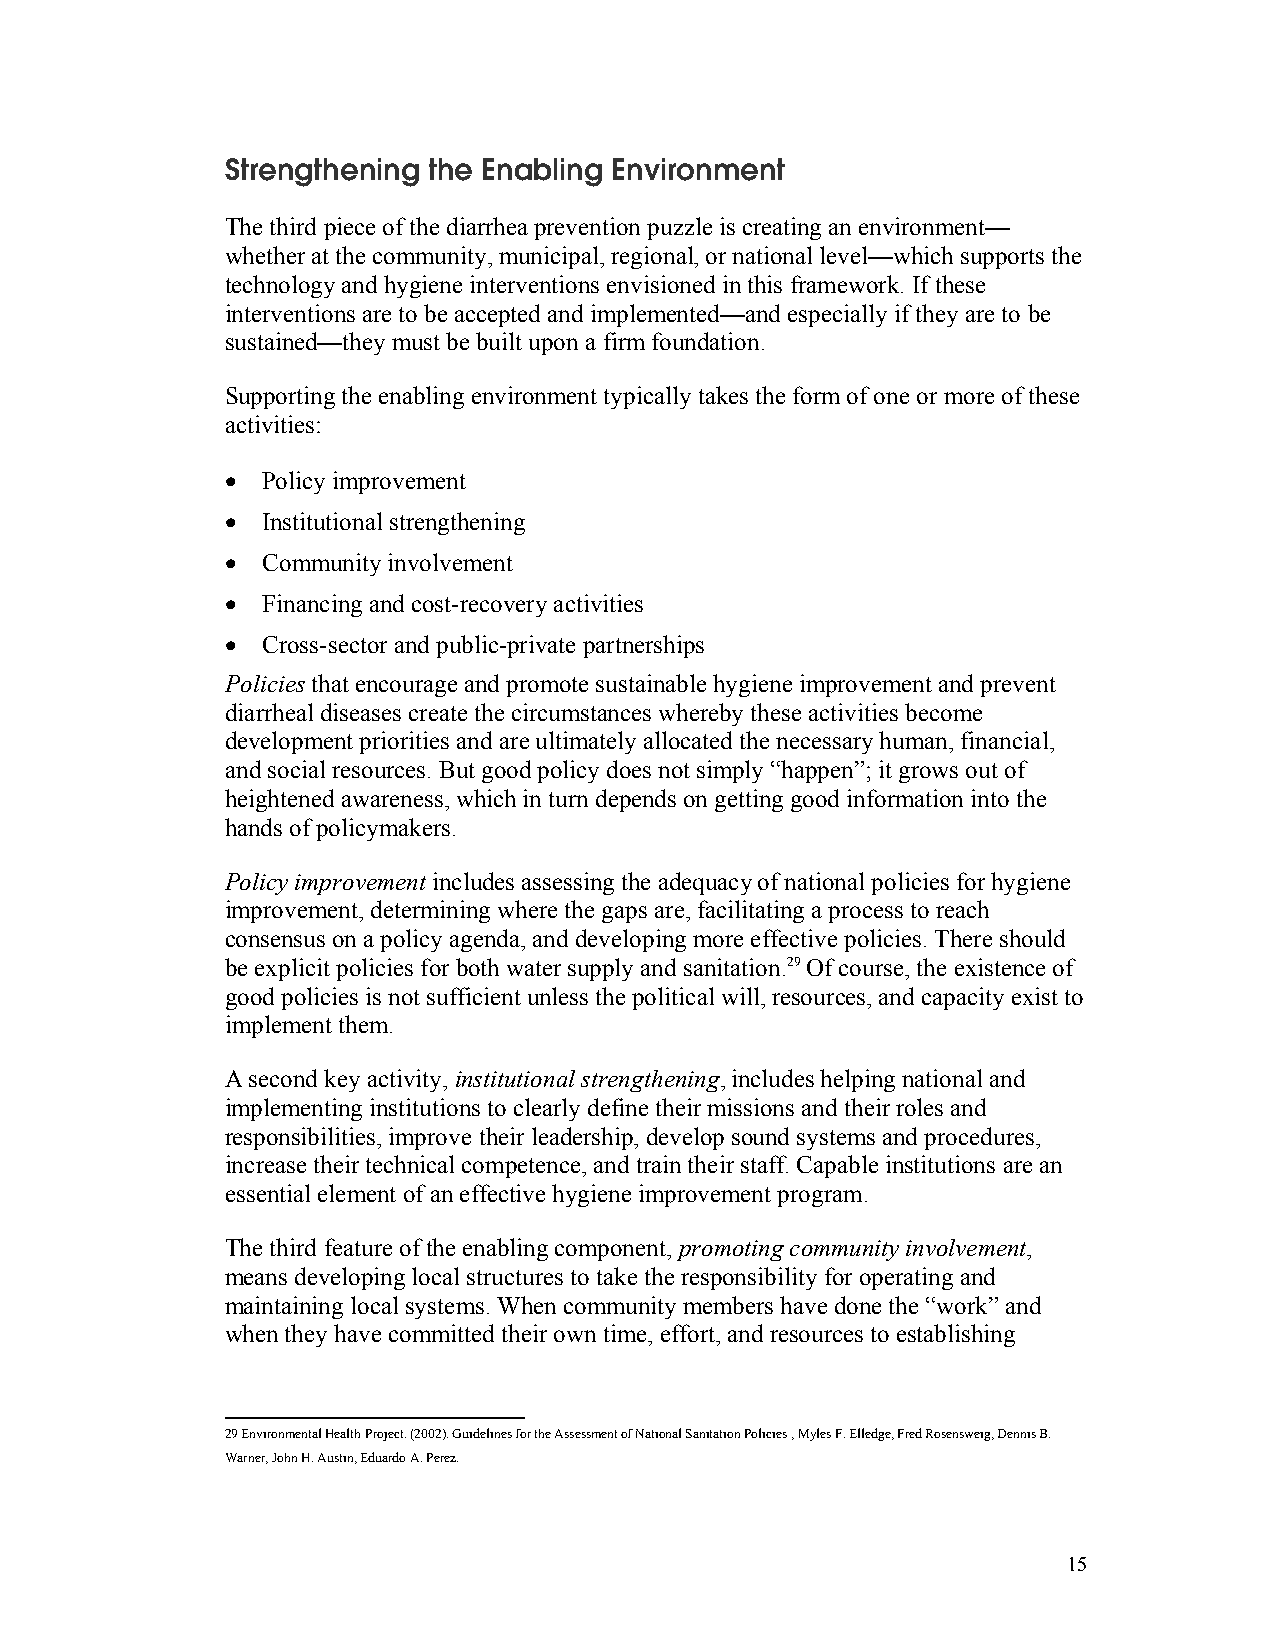
Strengthening the Enabling Environment
 The third piece of the diarrhea prevention puzzle is creating an environment—
 whether at the community, municipal, regional, or national level—which supports the
 technology and hygiene interventions envisioned in this framework. If these
 interventions are to be accepted and implemented—and especially if they are to be
 sustained—they must be built upon a firm foundation.
 Supporting the enabling environment typically takes the form of one or more of these
 activities:
 • Policy improvement
 • Institutional strengthening
 • Community involvement
 • Financing and cost-recovery activities
 • Cross-sector and public-private partnerships
 Policies that encourage and promote sustainable hygiene improvement and prevent
 diarrheal diseases create the circumstances whereby these activities become
 development priorities and are ultimately allocated the necessary human, financial,
 and social resources. But good policy does not simply “happen”; it grows out of
 heightened awareness, which in turn depends on getting good information into the
 hands of policymakers.
 Policy improvement includes assessing the adequacy of national policies for hygiene
 improvement, determining where the gaps are, facilitating a process to reach
 consensus on a policy agenda, and developing more effective policies. There should
 be explicit policies for both water supply and sanitation.29 Of course, the existence of
 good policies is not sufficient unless the political will, resources, and capacity exist to
 implement them.
 A second key activity, institutional strengthening, includes helping national and
 implementing institutions to clearly define their missions and their roles and
 responsibilities, improve their leadership, develop sound systems and procedures,
 increase their technical competence, and train their staff. Capable institutions are an
 essential element of an effective hygiene improvement program.
 The third feature of the enabling component, promoting community involvement,
 means developing local structures to take the responsibility for operating and
 maintaining local systems. When community members have done the “work” and
 when they have committed their own time, effort, and resources to establishing
 29 Environmental Health Project. (2002). Guidelines for the Assessment of National Sanitation Policies , Myles F. Elledge, Fred Rosensweig, Dennis B.
 Warner, John H. Austin, Eduardo A. Perez.
 15